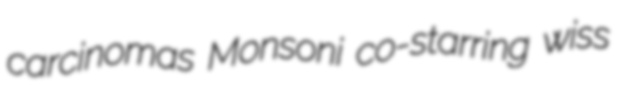
carcinomas Monsoni co-starring wiss